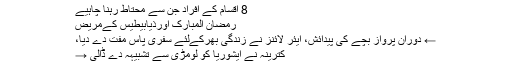
8 اقسام کے افراد جن سے محتاط رہنا چاہیے
رمضان المبارک اورذیابیطیس کےمریض
← دورانِ پرواز بچے کی پیدائش، ایئر لائنز نے زندگی بھرکےلئے سفری پاس مفت دے دیا،
کترینہ نے ایشوریا کو لومڑی سے تشبیہہ دے ڈالی →